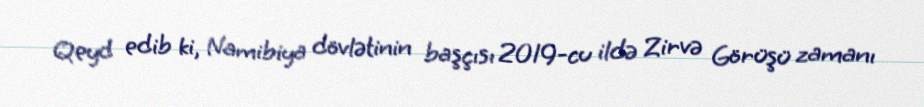
Qeyd edib ki, Namibiya dövlətinin başçısı 2019-cu ildə Zirvə Görüşü zamanı